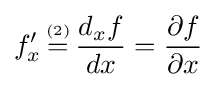
f'_{x}\,{\overset {\underset {\mathrm {(2)} }{}}{=}}\,{\frac {d_{x}f}{dx}}={\frac {\partial f}{\partial x}}